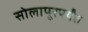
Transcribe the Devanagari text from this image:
सोलापूरपर्यंत